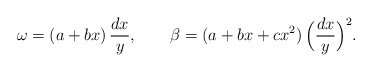
\begin{align*}\omega=(a+bx)\,\frac{dx}{y},\qquad\beta= (a+bx+cx^2)\,\Big(\frac{dx}{y}\Big)^2.\end{align*}